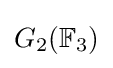
G_{2}(\mathbb {F} _{3})